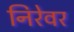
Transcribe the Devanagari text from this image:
निरेवर